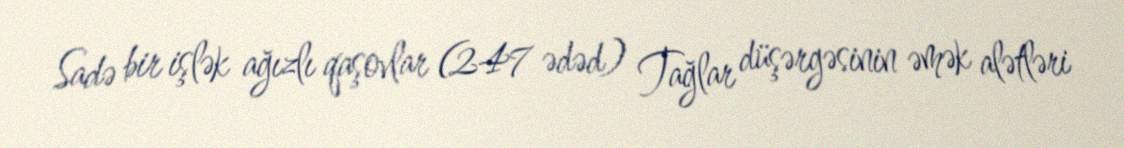
Sadə bir işlək ağızlı qaşovlar (247 ədəd) Tağlar düşərgəsinin əmək alətləri